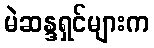
မဲဆန္ဒရှင်များက